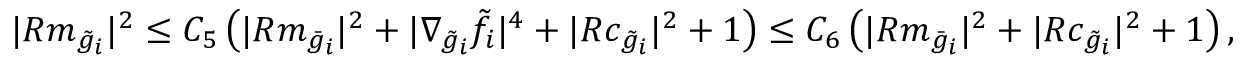
\begin{array} { r } { | R m _ { \tilde { g } _ { i } } | ^ { 2 } \le C _ { 5 } \left( | R m _ { \bar { g } _ { i } } | ^ { 2 } + | \nabla _ { \tilde { g } _ { i } } \tilde { f } _ { i } | ^ { 4 } + | R c _ { \tilde { g } _ { i } } | ^ { 2 } + 1 \right) \le C _ { 6 } \left( | R m _ { \bar { g } _ { i } } | ^ { 2 } + | R c _ { \tilde { g } _ { i } } | ^ { 2 } + 1 \right) , } \end{array}